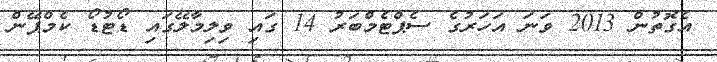
އެގޮތުން 2013 ވަނަ އަހަރުގެ ސެޕްޓެމްބަރު 14 ގައި ވިލިމާލޭގައި ޑޯޓުޑޯ ކެމްޕޭން